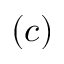
( c )